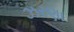
ઝરણા